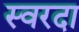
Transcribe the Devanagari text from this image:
स्वरदा